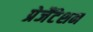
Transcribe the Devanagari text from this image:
प्रेजैंटेशन